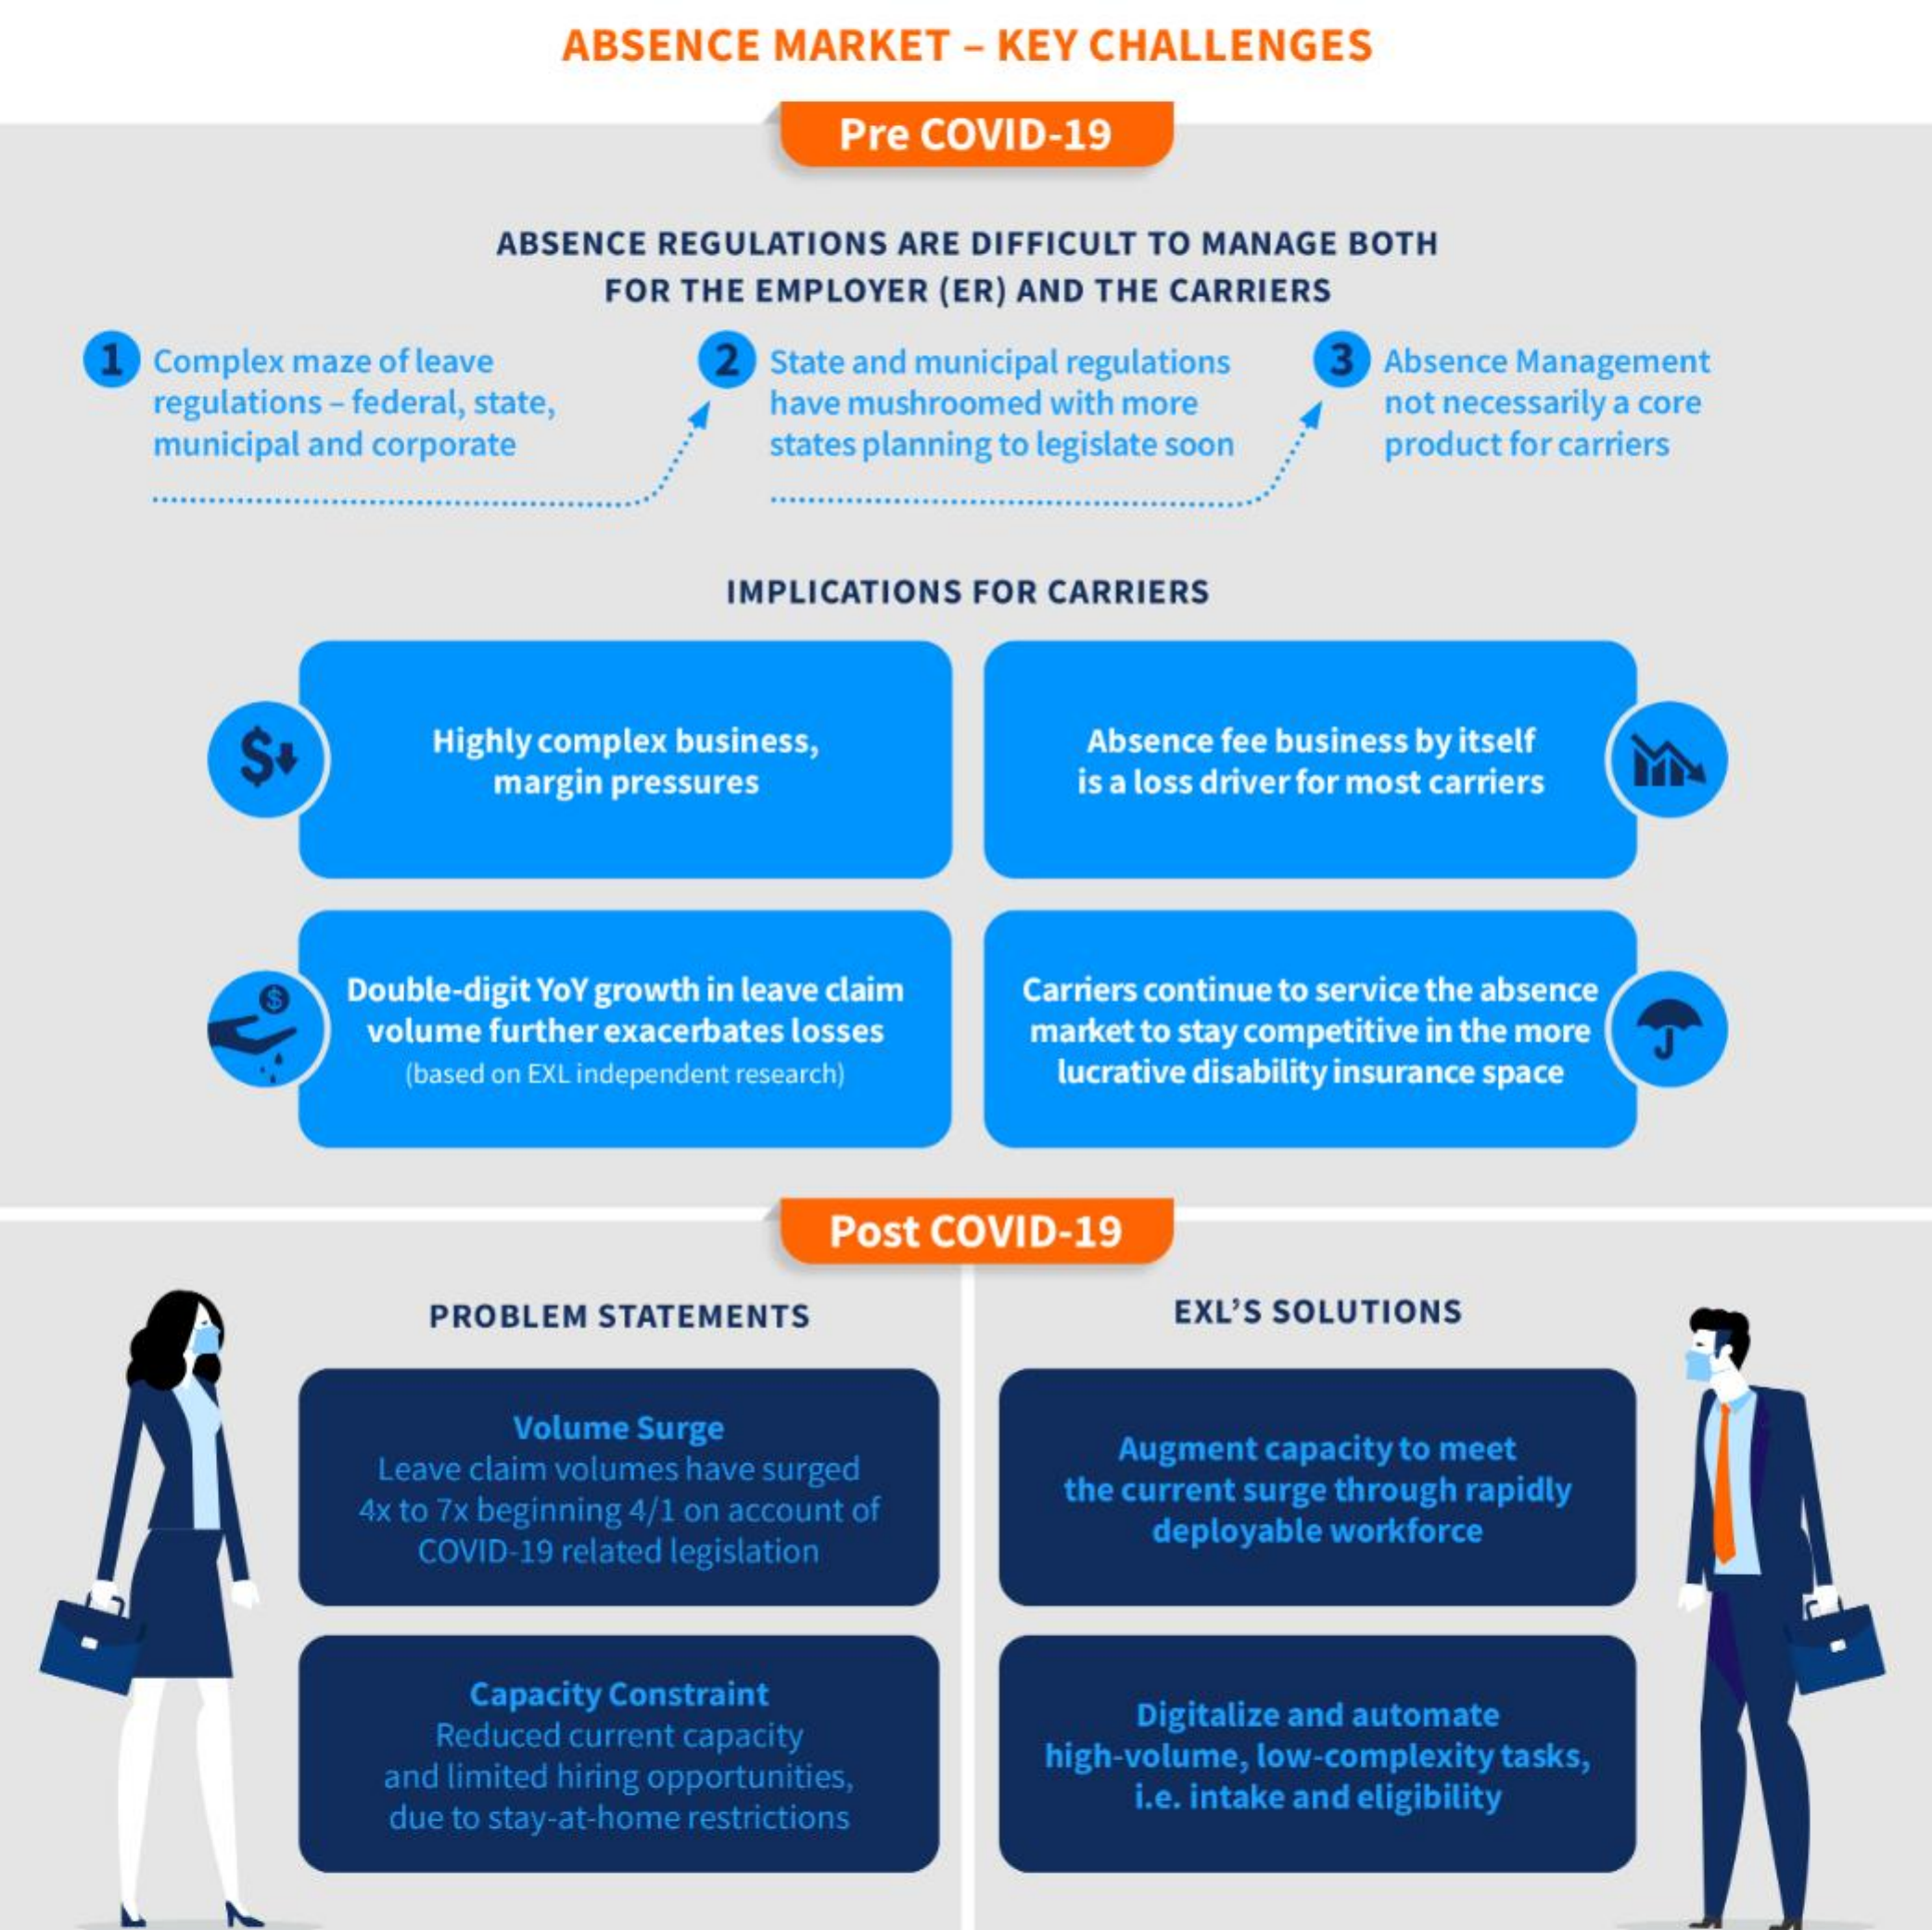
ABSENCE    MARKET    - KEY  CHALLENGES
     Pre COVID-19
     ABSENCE REGULATIONS   ARE DIFFICULT TO MANAGE BOTH
     FOR THE EMPLOYER  (ER) AND THE CARRIERS
     1   Complex maze of leave    2  State and municipal regulations 3 Absence Management
     regulations - federal, state,    have mushroomed with more    not necessarily a core
     municipal and corporate    states planning to legislate soon product for carriers
     ..........
     IMPLICATIONS  FOR CARRIERS
     Highly complex business,    Absence fee business by itself
     margin pressures    is a loss driver for most carriers
     Double-digit YoY growth in leave claim Carriers continue to service the absence
     volume further exacerbates losses   market to stay competitive in the more
     (based on EXL independent research) lucrative disability insurance space
     Post COVID-19
     PROBLEM   STATEMENTS    EXL'S SOLUTIONS
     Volume Surge
     Leave claim volumes have surged
     Augment capacity to meet
     4x to 7x beginning 4/1 on account of
     the current surge through rapidly
     COVID-19 related legislation    deployable workforce
     Capacity Constraint
     Reduced current capacity
     Digitalize and automate
     and limited hiring opportunities,
     high-volume, low-complexity tasks,
     due to stay-at-home restrictions
     i.e. intake and eligibility